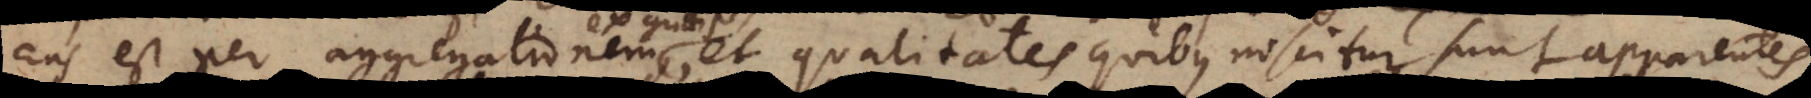
Ens est per aggregationem, et qualitates quibus noscitur sunt ap